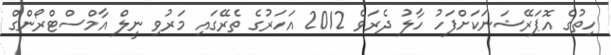
ހިތުގެ އޮޕަރޭޝަނަކަށްފަހު ހާލު ދެރަވެ 2012 އަހަރުގެ ތެރޭގައި މަރުވި ނީލް އާމްސްޓްރޯންގް